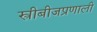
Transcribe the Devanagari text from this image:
स्त्रीबीजप्रणाली